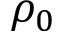
\rho _ { 0 }